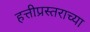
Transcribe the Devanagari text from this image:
हत्तीप्रस्तराच्या